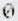
0